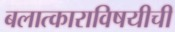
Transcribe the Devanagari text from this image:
बलात्काराविषयीची